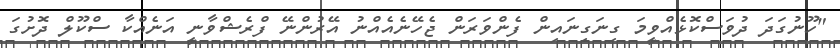
"ހޫނުގަދަ ދުވަސްކޮޅެއްވީމަ ގިނަގިނައިން ފެންވަރަން ޖެހޭނެއެއްނު އޭރުންނޭ ފްރެޝްވާނީ އަނެއްކާ ސްކޫލް ދޮށުގަ